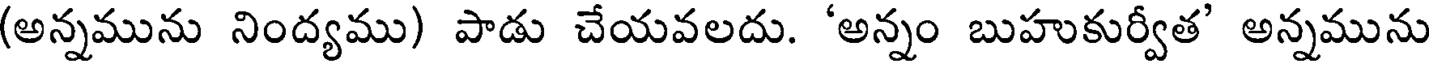
(అన్నమును నింద్యము) పాడు చేయవలదు. 'అన్నం బుహుకుర్వీత' అన్నమును